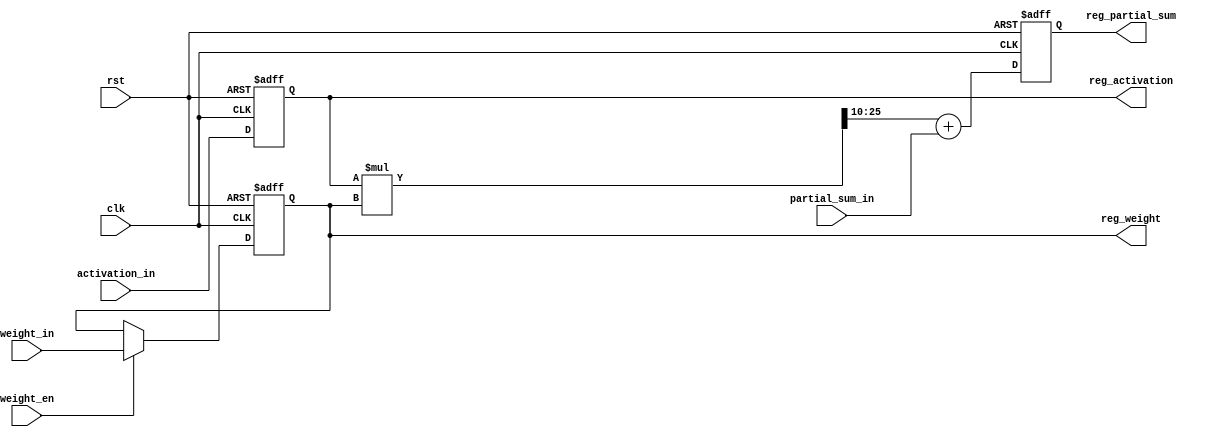
//16bits Q6.10
module PE(activation_in, 
	weight_in, 
	partial_sum_in, 
	reg_activation, 
	reg_weight, 
	reg_partial_sum, 
	clk, 
	rst, 
	weight_en);

//===========================================
input signed[15:0]     activation_in, weight_in, partial_sum_in ;
input           clk, rst;
input           weight_en;
output signed[15:0]    reg_activation, reg_weight, reg_partial_sum;

reg signed[15:0] reg_activation, reg_weight, reg_partial_sum ;
wire signed[15:0]multi, adder;
wire signed[31:0]product;
//===========================================
always @(posedge clk or posedge rst) begin
    if(rst)
        reg_activation <= 16'd0;
    else
        reg_activation <= activation_in;    
end

always @(posedge clk or posedge rst) begin
    if(rst)
        reg_weight <= 16'd0;
    else if(weight_en)
        reg_weight <= weight_in;   
    else
        reg_weight <= reg_weight; 
end

always @(posedge clk or posedge rst) begin
    if(rst)
        reg_partial_sum <= 16'd0;
    else
        reg_partial_sum <= adder;    
end    

assign product = reg_activation*reg_weight;
assign adder = $signed(product[25:10]) + partial_sum_in;

endmodule